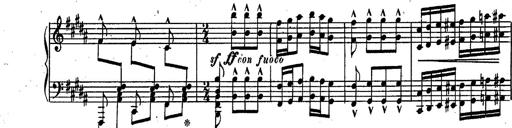
Title: RÃ©miniscences des Huguenots
Composer: Franz Liszt